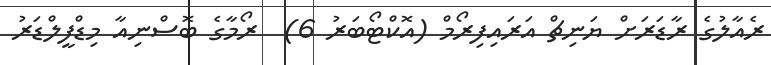
ރެއާލުގެ ރާޑަރަށް ޔަނިޗް އަރައިފިރޯމް (އޮކްޓޯބަރު 6)  ރޯމާގެ ބޮސްނިއާ މިޑްފީލްޑަރު